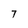
Character: T